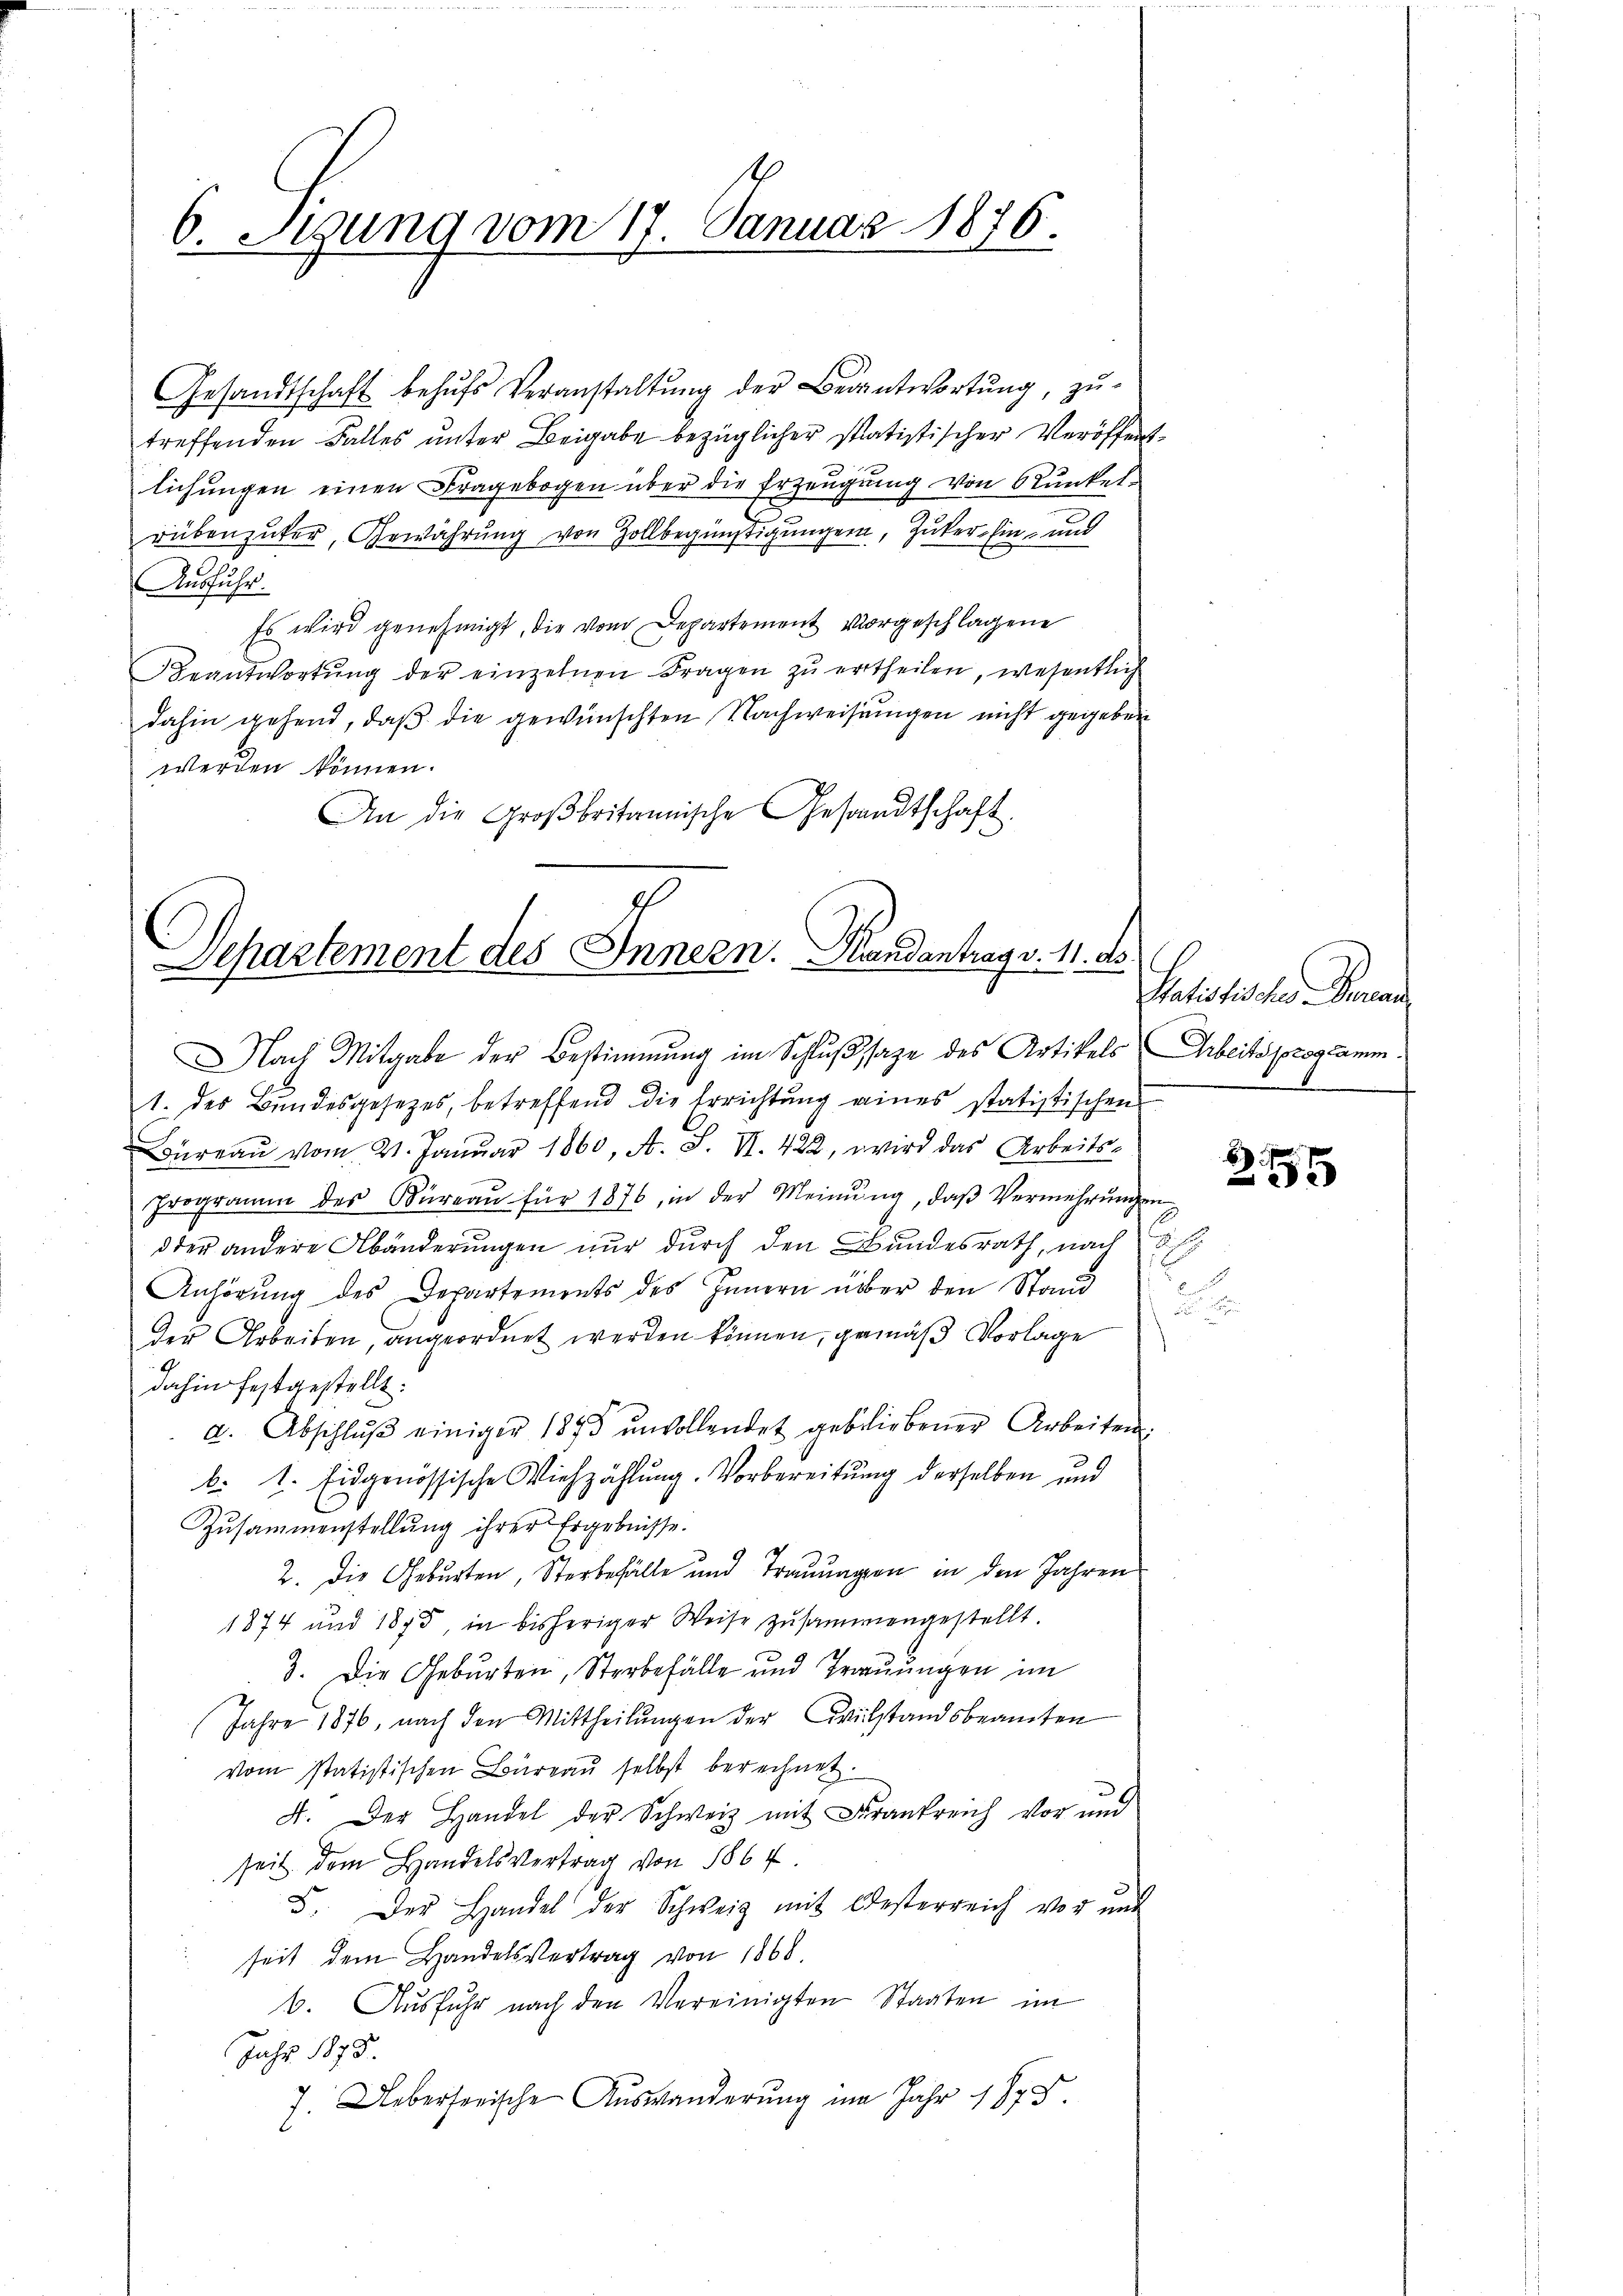
6. Sigung vom 17. Januar 1876.

Gesandtschaft behŭfs Veranstaltŭng der Beantwortŭng, zŭ-
treffenden Falles unter Beigabe bezüglicher statistischer Veröffen
lichungen einen Fragebogen über die Erzeugung von Runkel-
rübenziker, Erwährung von Zollbegünstigungen, Zucker, Ein- und
Ausfuhr.
Es wird genehmigt, die vom Departement vorgeschlagene
Beantwortung der einzelnen Fragen zu ertheilen, wesentlich
dahin gehend, daβ die gewünschten Nachweisungen nicht gegeben
werden können.
An die Großbritannische Gesandtschaft

Departement des Innern. Brandantrag v. 11. ds.
Nach Mitgabe der Bestimmung im Schluß sage des Artikels Arbeitsprogramm

1.

1. der Bŭndesgesetzes, betreffend die Errichtŭng eines statistischens
Büreaŭ vom 21. Januar 1860, A. F. VI. 422, wird das Arbeits-
Programm des Büreaŭ für 1876, in der Meinŭng, daβ Vermehrŭngen
dder andere Abänderungen nur durch den Bundesrath, nach §
Anhörung des Departements des Innern über den Stand
der Arbeiten, angeordnet werden können, gemäß Vorlage
dahin festgestellt.
d. Abschlŭβ einiger 1873 ŭnvollendet gebliebener Arbeiten.
b. 1. Eidgenössische Viehzählung. Vorbereitung derselben und
Zusammenstellŭng ihrer Ergebnisse.
2. Die Geburten, Sterbefälle und Traunagion in den Jahren
1874 und 1875, in bisheriger Weise zusammengestellt.
3. Die Geburten, Sterbefälle und Trauungen im
Jahre 1876, nach den Mittheilŭngen der Civilstandsbeamten
vom statistischen Büreaŭ selbst berechnet.
A. Der Handel der Schweiz mit Frankreich vor und
seit dem Handelsvertrag von 1864.
5. Der Handel der Schweiz mit Oesterreich vor mit
seit dem Handelsvertrag von 1868.
6. Aŭsfŭhr nach den Vereinigten Staaten im
Jahr 1873.
7. Ueberserische Auswanderung im Jahr 1875

Satistischer Finan

1 Er
Brand

6
5